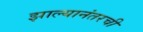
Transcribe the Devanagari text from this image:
झाल्यानंतरची